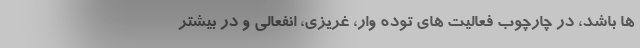
ها باشد، در چارچوب فعالیت های توده وار، غریزی، انفعالی و در بیشتر